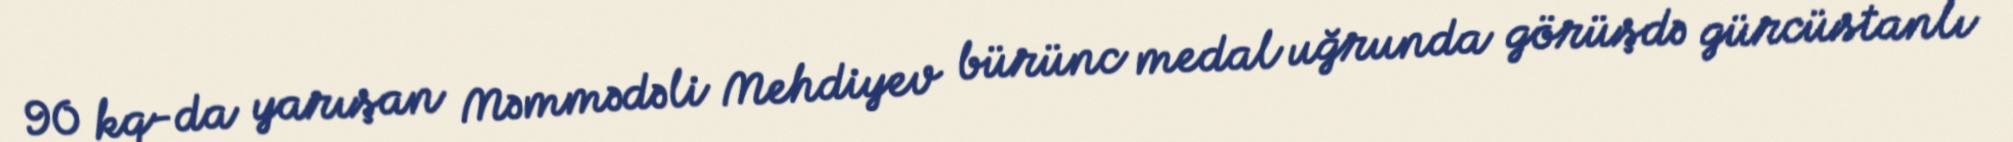
90 kq-da yarışan Məmmədəli Mehdiyev bürünc medal uğrunda görüşdə gürcüstanlı